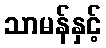
သာမန်နှင့်